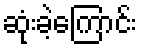
ဆုံးခဲ့ကြောင်း